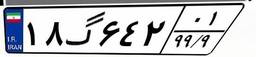
۴۰گ۵۸۱۴۹